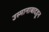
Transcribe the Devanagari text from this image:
उस्मानाबादहून